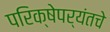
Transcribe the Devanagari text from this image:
परिक्षेपर्यंतचे